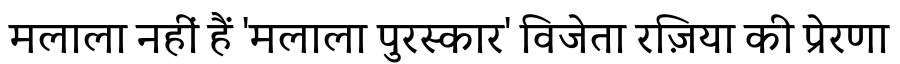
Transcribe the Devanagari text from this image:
मलाला नहीं हैं 'मलाला पुरस्कार' विजेता रज़िया की प्रेरणा